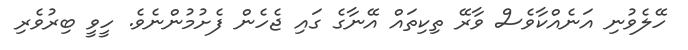
ހޭލެވުނި އަނެއްކާވެސް ވާރޭ ތިކިތައް އޭނާގެ ގައި ޖެހެން ފެށުމުންނެވެ. ހީވީ ބިރުވެރި